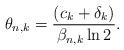
LaTeX: \begin{align*} \theta_{n,k} = \frac{ ( c_k + \delta_k ) }{\beta_{n,k} \ln2}.\end{align*}